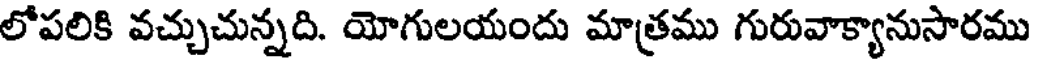
లోపలికి వచ్చుచున్నది. యోగులయందు మాత్రము గురువాక్యానుసారము